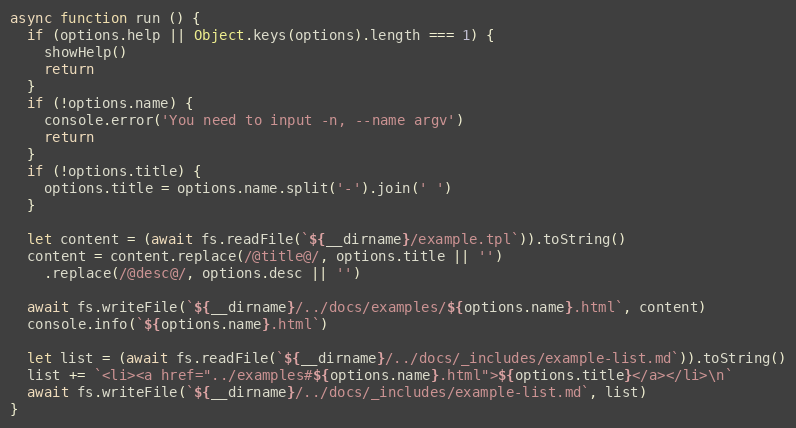
Language: JavaScript
async function run () {
  if (options.help || Object.keys(options).length === 1) {
    showHelp()
    return
  }
  if (!options.name) {
    console.error('You need to input -n, --name argv')
    return
  }
  if (!options.title) {
    options.title = options.name.split('-').join(' ')
  }

  let content = (await fs.readFile(`${__dirname}/example.tpl`)).toString()
  content = content.replace(/@title@/, options.title || '')
    .replace(/@desc@/, options.desc || '')

  await fs.writeFile(`${__dirname}/../docs/examples/${options.name}.html`, content)
  console.info(`${options.name}.html`)

  let list = (await fs.readFile(`${__dirname}/../docs/_includes/example-list.md`)).toString()
  list += `<li><a href="../examples#${options.name}.html">${options.title}</a></li>\n`
  await fs.writeFile(`${__dirname}/../docs/_includes/example-list.md`, list)
}